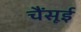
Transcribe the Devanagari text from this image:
चैंसूई